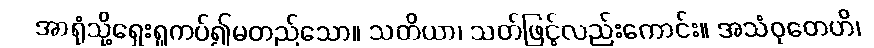
အာရုံသို့ရှေးရှုကပ်၍မတည်သော။ သတိယာ၊ သတ်ဖြင့်လည်းကောင်း။ အသံဝုတေဟိ၊